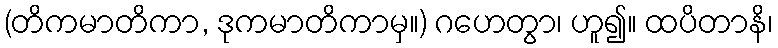
(တိကမာတိကာ, ဒုကမာတိကာမှ။) ဂဟေတွာ၊ ဟူ၍။ ထပိတာနိ၊